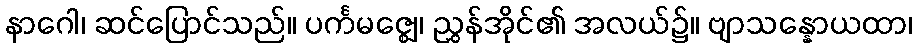
နာဂေါ၊ ဆင်ပြောင်သည်။ ပင်္ကမဇ္ဈေ၊ ညွှန်အိုင်၏ အလယ်၌။ ဗျာသန္နောယထာ၊